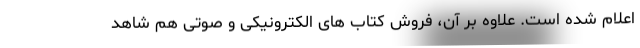
اعلام شده است. علاوه بر آن، فروش کتاب های الکترونیکی و صوتی هم شاهد